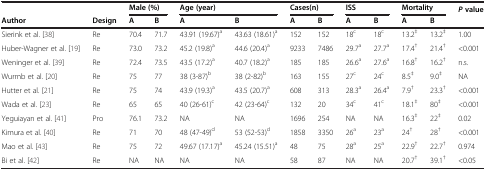
| <COLSPAN=2>  | <COLSPAN=2> Male (%) | <COLSPAN=2> Age (year) | <COLSPAN=2> Cases(n) | <COLSPAN=2> ISS | <COLSPAN=2> Mortality | <ROWSPAN=2> Pvalue |
 | Author | Design | A | B | A | B | A | B | A | B | A | B |
 | --- | --- | --- | --- | --- | --- | --- | --- | --- | --- | --- | --- | --- |
 | Sierink et al. [38] | Re | 70.4 | 71.7 | 43.91 (19.67)a | 43.63 (18.61)a | 152 | 152 | 18c | 18c | 13.2‡ | 13.2‡ | 1.00 |
 | Huber-Wagner et al. [19] | Re | 73.0 | 73.2 | 45.2 (19.8)a | 44.6 (20.4)a | 9233 | 7486 | 29.7a | 27.7a | 17.4† | 21.4† | <0.001 |
 | Weninger et al. [39] | Re | 72.4 | 73.5 | 43.5 (17.2)a | 40.7 (18.2)a | 185 | 185 | 26.6a | 27.6a | 16.8† | 16.2† | n.s. |
 | Wurmb et al. [20] | Re | 75 | 77 | 38 (3-87)b | 38 (2-82)b | 163 | 155 | 27c | 24c | 8.5‡ | 9.0‡ | NA |
 | Hutter et al. [21] | Re | 75 | 74 | 43.9 (19.3)a | 43.5 (20.7)a | 608 | 313 | 28.3a | 26.4a | 7.9† | 23.3† | <0.001 |
 | Wada et al. [23] | Re | 65 | 65 | 40 (26-61)c | 42 (23-64)c | 132 | 20 | 34c | 41c | 18.1‡ | 80‡ | <0.001 |
 | Yeguiayan et al. [41] | Pro | 76.1 | 73.2 | NA | NA | 1696 | 254 | NA | NA | 16.3‡ | 22‡ | 0.02 |
 | Kimura et al. [40] | Re | 71 | 70 | 48 (47-49)d | 53 (52-53)d | 1858 | 3350 | 26a | 23a | 24† | 28† | <0.001 |
 | Mao et al. [43] | Re | 75 | 72 | 49.67 (17.17)a | 45.24 (15.51)a | 48 | 75 | 28a | 25a | 22.9† | 22.7† | 0.974 |
 | Bi et al. [42] | Re | NA | NA | NA | NA | 58 | 87 | NA | NA | 20.7† | 39.1† | <0.05 |